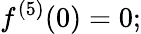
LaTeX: f^{(5)}(0)=0;